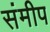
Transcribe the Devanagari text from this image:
संमीप